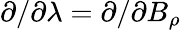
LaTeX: \partial/\partial\lambda=\partial/\partial B_{\rho}